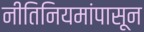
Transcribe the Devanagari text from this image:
नीतिनियमांपासून